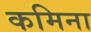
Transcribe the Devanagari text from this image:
कमिना